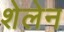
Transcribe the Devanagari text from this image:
शेलेन